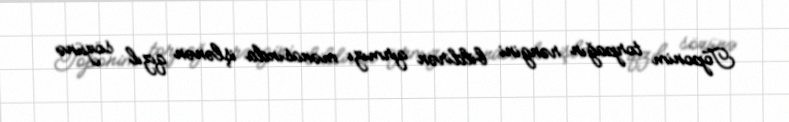
Toponim torpağın rəngini bildirən qırmızı mənasında işlənən qızıl sözünə